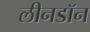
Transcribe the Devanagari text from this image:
लीनडॉन